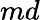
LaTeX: md